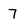
Character: 7